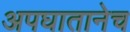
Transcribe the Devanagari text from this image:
अपघातानेच